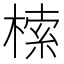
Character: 㮦